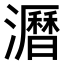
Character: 𤃝